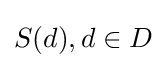
S(d),d\in D